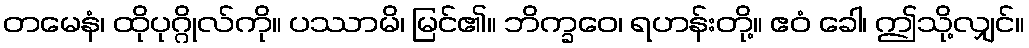
တမေနံ၊ ထိုပုဂ္ဂိုလ်ကို။ ပဿာမိ၊ မြင်၏။ ဘိက္ခဝေ၊ ရဟန်းတို့။ ဧဝံ ခေါ၊ ဤသို့လျှင်။